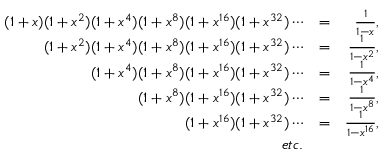
\begin{array} { r l r } { ( 1 + x ) ( 1 + x ^ { 2 } ) ( 1 + x ^ { 4 } ) ( 1 + x ^ { 8 } ) ( 1 + x ^ { 1 6 } ) ( 1 + x ^ { 3 2 } ) \cdots } & { = } & { \frac { 1 } { 1 - x } , } \\ { ( 1 + x ^ { 2 } ) ( 1 + x ^ { 4 } ) ( 1 + x ^ { 8 } ) ( 1 + x ^ { 1 6 } ) ( 1 + x ^ { 3 2 } ) \cdots } & { = } & { \frac { 1 } { 1 - x ^ { 2 } } , } \\ { ( 1 + x ^ { 4 } ) ( 1 + x ^ { 8 } ) ( 1 + x ^ { 1 6 } ) ( 1 + x ^ { 3 2 } ) \cdots } & { = } & { \frac { 1 } { 1 - x ^ { 4 } } , } \\ { ( 1 + x ^ { 8 } ) ( 1 + x ^ { 1 6 } ) ( 1 + x ^ { 3 2 } ) \cdots } & { = } & { \frac { 1 } { 1 - x ^ { 8 } } , } \\ { ( 1 + x ^ { 1 6 } ) ( 1 + x ^ { 3 2 } ) \cdots } & { = } & { \frac { 1 } { 1 - x ^ { 1 6 } } , } \\ { e t c . } \end{array}